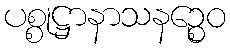
ပစ္စုဋ္ဌာနာသနဉ္စေဝ